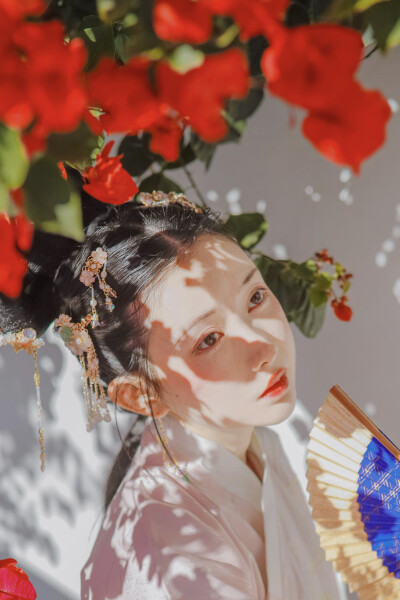
风递幽香出，禽窥素艳来。